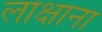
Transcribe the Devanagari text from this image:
लाक्षाना